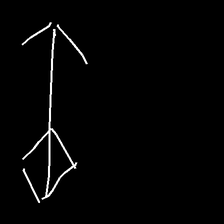
Glyph: focus